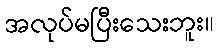
အလုပ်မပြီးသေးဘူး။